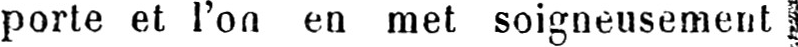
porte et l’on en met soigneusement